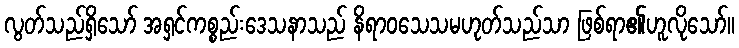
လွတ်သည်ရှိသော် အရှင်ကစ္စည်းဒေသနာသည် နိရာဝသေသမဟုတ်သည်သာ ဖြစ်ရာ၏ဟူလိုသော်။